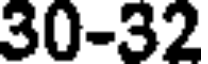
30-32